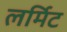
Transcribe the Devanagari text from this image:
लर्मिट